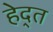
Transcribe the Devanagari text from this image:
हेद्त